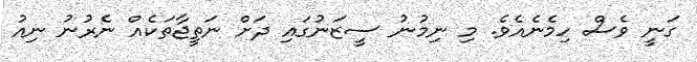
ގަނީ ވެސް ހިމެނެއެވެ. މި ނިމުނު ސީޒަނުގައި ދަށް ނަތީޖާތަކެއް ނެރުނު ނިއު